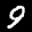
Label: 9